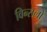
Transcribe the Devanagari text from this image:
विन्सलो